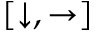
[ \downarrow , \rightarrow ]